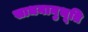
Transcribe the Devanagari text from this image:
साधनानुभूति